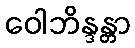
ဝေါဘိန္ဒန္တာ